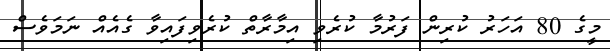
މީގެ 80 އަހަރު ކުރިން ފަރުމާ ކުރެވި އިމާރާތް ކުރެވިފައިވާ ގެއެއް ނަމަވެސް